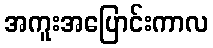
အကူးအပြောင်းကာလ